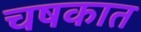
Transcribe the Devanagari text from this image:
चषकात